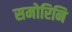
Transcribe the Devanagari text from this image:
समोरिनि